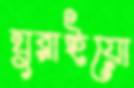
ঘুরাইয়ো